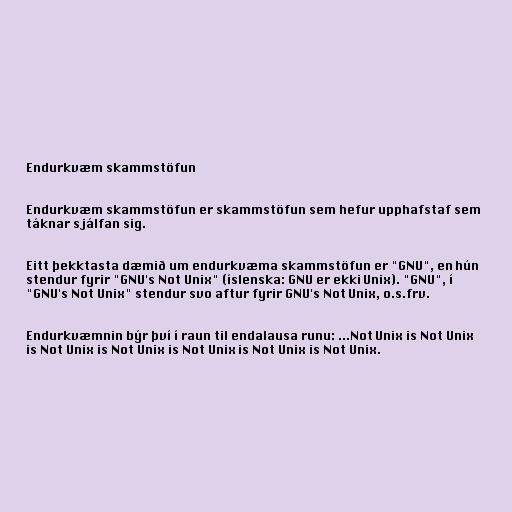
Endurkvæm skammstöfun

Endurkvæm skammstöfun er skammstöfun sem hefur upphafstaf sem
táknar sjálfan sig.

Eitt þekktasta dæmið um endurkvæma skammstöfun er "GNU", en hún
stendur fyrir "GNU's Not Unix" (íslenska: GNU er ekki Unix). "GNU", í
"GNU's Not Unix" stendur svo aftur fyrir GNU's Not Unix, o.s.frv.

Endurkvæmnin býr því í raun til endalausa runu: ...Not Unix is Not Unix
is Not Unix is Not Unix is Not Unix is Not Unix is Not Unix.